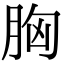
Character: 胸